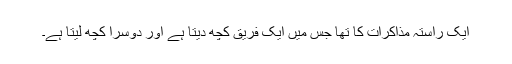
ایک راستہ مذاکرات کا تھا جس میں ایک فریق کچھ دیتا ہے اور دوسرا کچھ لیتا ہے۔